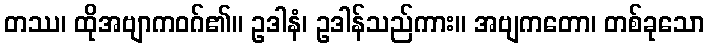
တဿ၊ ထိုအဗျာကဝဂ်၏။ ဥဒါနံ၊ ဥဒါန်သည်ကား။ အဗျကတော၊ တစ်ခုသော